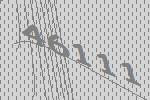
46111